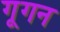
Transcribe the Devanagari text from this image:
गूगन